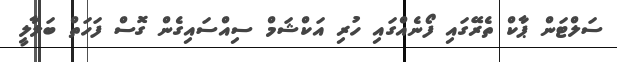
ސަލްޓަން ޕާކް ތެރޭގައި ފޯނެއްގައި ހުރި އަކްޝަމް ސިއްސައިގެން ގޮސް ފަހަތް ބަލާލީ